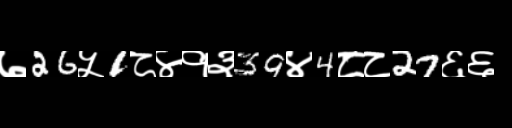
Text: ७26५1८४१३39४4८८27६६